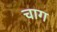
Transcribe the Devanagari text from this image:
चाग